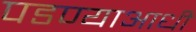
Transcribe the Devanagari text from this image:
पडण्याआधी